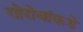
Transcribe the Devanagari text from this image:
गोरोबांकडे